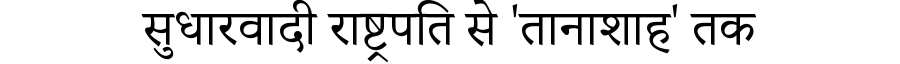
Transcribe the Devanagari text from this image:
सुधारवादी राष्ट्रपति से 'तानाशाह' तक